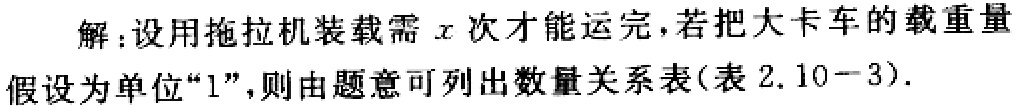
解：设用拖拉机装载需\(x\)次才能运完，若把大卡车的载重量假设为单位“\(1\)”，则由题意可列出数量关系表(表 \(2.10 - 3\))。